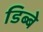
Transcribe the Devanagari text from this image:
डिब्बे